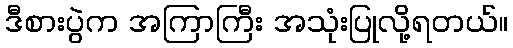
ဒီစားပွဲက အကြာကြီး အသုံးပြုလို့ရတယ်။